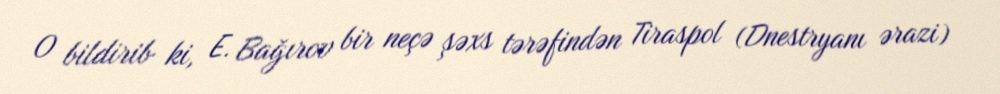
O bildirib ki, E. Bağırov bir neçə şəxs tərəfindən Tiraspol (Dnestryanı ərazi)